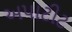
અપાટીટ